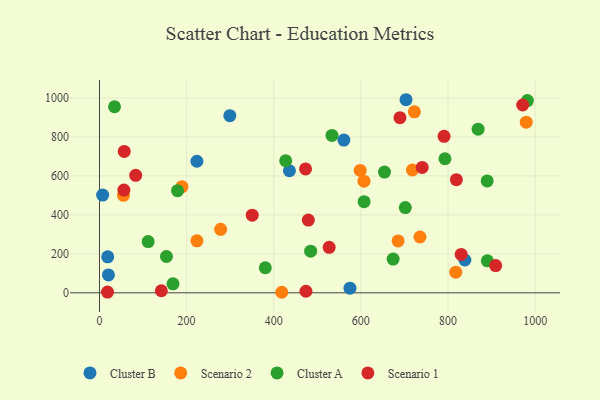
{"axis": {"x": "Investment", "y": "Sales"}, "legend": ["Cluster A", "Cluster B", "Scenario 1", "Scenario 2"], "data": [{"x": "436.0", "y": 626.5, "type": "Cluster B"}, {"x": "20.5", "y": 92.0, "type": "Cluster B"}, {"x": "838.8", "y": 168.3, "type": "Cluster B"}, {"x": "7.2", "y": 501.4, "type": "Cluster B"}, {"x": "299.2", "y": 909.3, "type": "Cluster B"}, {"x": "703.6", "y": 991.0, "type": "Cluster B"}, {"x": "223.6", "y": 675.3, "type": "Cluster B"}, {"x": "575.0", "y": 23.5, "type": "Cluster B"}, {"x": "18.9", "y": 184.7, "type": "Cluster B"}, {"x": "561.0", "y": 783.8, "type": "Cluster B"}, {"x": "685.4", "y": 266.1, "type": "Scenario 2"}, {"x": "189.3", "y": 544.9, "type": "Scenario 2"}, {"x": "722.8", "y": 929.1, "type": "Scenario 2"}, {"x": "735.6", "y": 286.5, "type": "Scenario 2"}, {"x": "598.5", "y": 628.0, "type": "Scenario 2"}, {"x": "418.4", "y": 2.7, "type": "Scenario 2"}, {"x": "817.8", "y": 106.1, "type": "Scenario 2"}, {"x": "223.7", "y": 266.9, "type": "Scenario 2"}, {"x": "278.1", "y": 325.8, "type": "Scenario 2"}, {"x": "607.2", "y": 572.7, "type": "Scenario 2"}, {"x": "979.6", "y": 876.0, "type": "Scenario 2"}, {"x": "55.0", "y": 500.4, "type": "Scenario 2"}, {"x": "718.3", "y": 630.4, "type": "Scenario 2"}, {"x": "869.1", "y": 839.7, "type": "Cluster A"}, {"x": "674.1", "y": 173.2, "type": "Cluster A"}, {"x": "380.6", "y": 128.7, "type": "Cluster A"}, {"x": "890.3", "y": 164.2, "type": "Cluster A"}, {"x": "484.7", "y": 213.4, "type": "Cluster A"}, {"x": "168.7", "y": 46.3, "type": "Cluster A"}, {"x": "34.5", "y": 954.9, "type": "Cluster A"}, {"x": "889.9", "y": 574.1, "type": "Cluster A"}, {"x": "607.4", "y": 467.9, "type": "Cluster A"}, {"x": "793.0", "y": 688.1, "type": "Cluster A"}, {"x": "533.6", "y": 807.9, "type": "Cluster A"}, {"x": "179.2", "y": 524.2, "type": "Cluster A"}, {"x": "654.2", "y": 619.8, "type": "Cluster A"}, {"x": "982.2", "y": 986.5, "type": "Cluster A"}, {"x": "702.0", "y": 437.6, "type": "Cluster A"}, {"x": "153.7", "y": 186.2, "type": "Cluster A"}, {"x": "111.7", "y": 262.7, "type": "Cluster A"}, {"x": "427.4", "y": 677.9, "type": "Cluster A"}, {"x": "83.1", "y": 602.8, "type": "Scenario 1"}, {"x": "909.4", "y": 139.6, "type": "Scenario 1"}, {"x": "473.9", "y": 7.9, "type": "Scenario 1"}, {"x": "56.0", "y": 527.1, "type": "Scenario 1"}, {"x": "56.8", "y": 725.4, "type": "Scenario 1"}, {"x": "971.4", "y": 964.0, "type": "Scenario 1"}, {"x": "473.0", "y": 635.9, "type": "Scenario 1"}, {"x": "790.9", "y": 802.9, "type": "Scenario 1"}, {"x": "18.4", "y": 3.5, "type": "Scenario 1"}, {"x": "819.2", "y": 580.4, "type": "Scenario 1"}, {"x": "350.6", "y": 398.5, "type": "Scenario 1"}, {"x": "527.2", "y": 233.6, "type": "Scenario 1"}, {"x": "689.7", "y": 898.7, "type": "Scenario 1"}, {"x": "142.0", "y": 10.4, "type": "Scenario 1"}, {"x": "830.2", "y": 197.0, "type": "Scenario 1"}, {"x": "479.4", "y": 373.2, "type": "Scenario 1"}, {"x": "740.8", "y": 643.5, "type": "Scenario 1"}]}